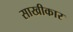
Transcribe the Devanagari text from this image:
साखीकार